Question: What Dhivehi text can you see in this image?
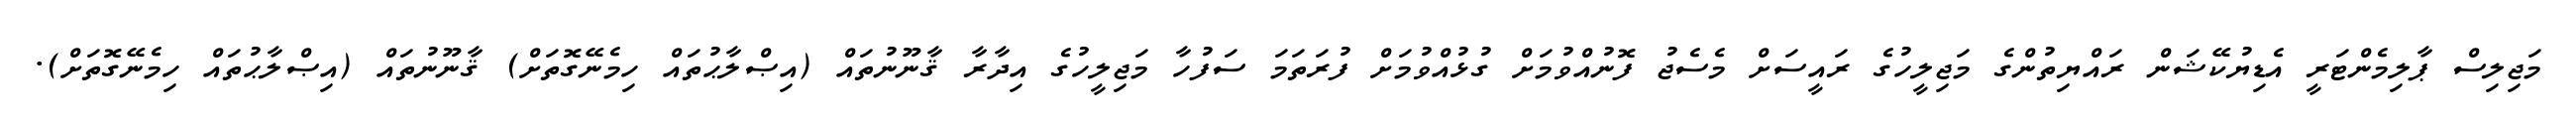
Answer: މަޖިލިސް ޕާލިމެންޓަރީ އެޑިޔުކޭޝަން ރައްޔިތުންގެ މަޖިލީހުގެ ރައީސަށް މެސެޖު ފޮނުއްވުމަށް ގުޅުއްވުމަށް ފުރަތަމަ ސަފުހާ މަޖިލީހުގެ އިދާރާ ޤާނޫނުތައް (އިޞްލާޙުތައް ހިމެނޭގޮތަށް) ޤާނޫނުތައް (އިޞްލާޙުތައް ހިމެނޭގޮތަށް).